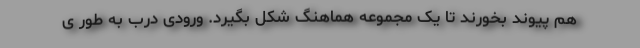
هم پیوند بخورند تا یک مجموعه هماهنگ شکل بگیرد. ورودی درب به طور ی